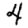
Digit: 4